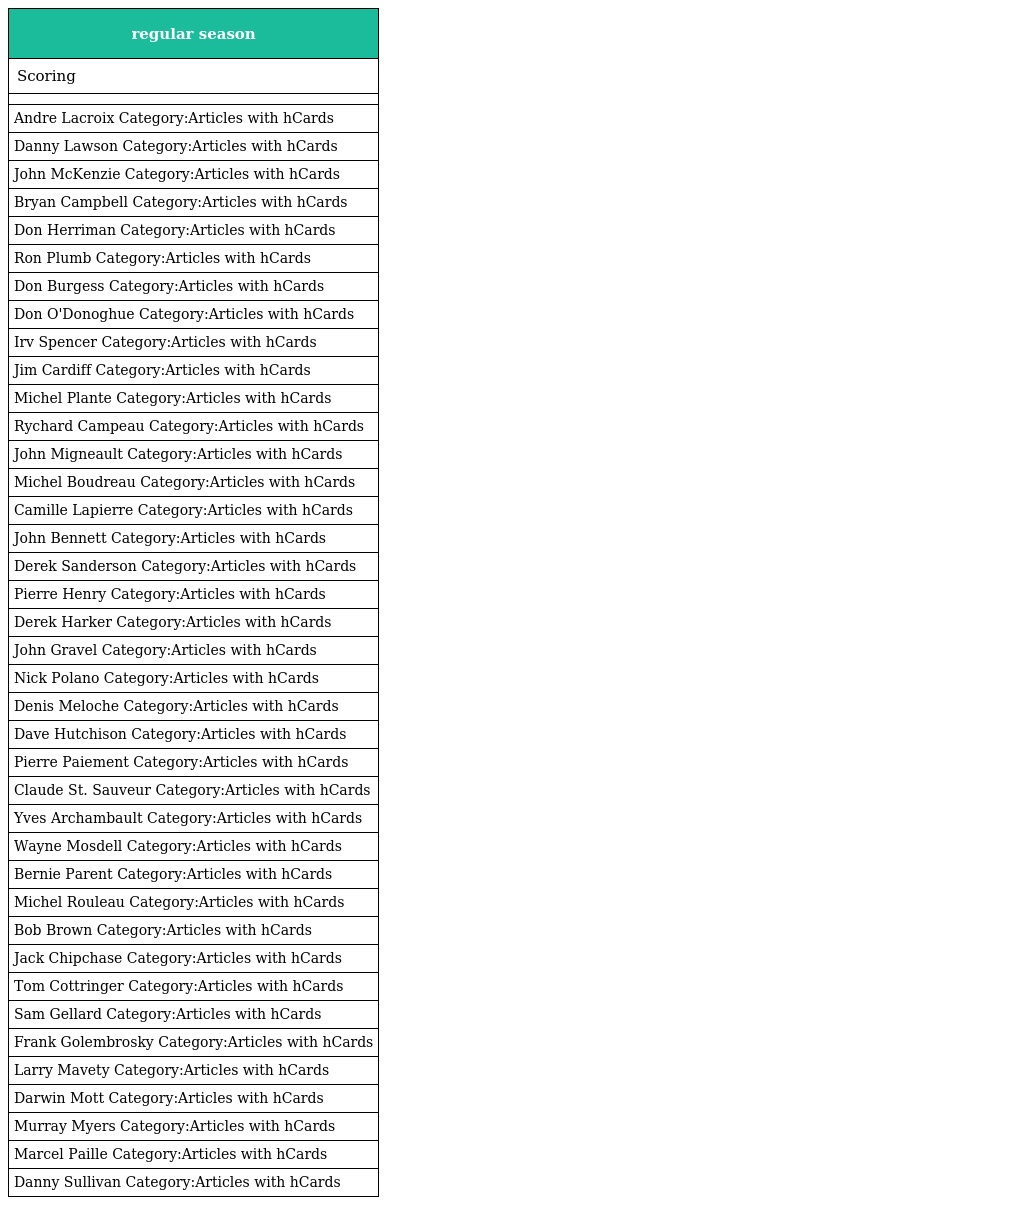
| regular season |
 | --- |
 | Scoring |
 |  |
 | Andre Lacroix Category:Articles with hCards |
 | Danny Lawson Category:Articles with hCards |
 | John McKenzie Category:Articles with hCards |
 | Bryan Campbell Category:Articles with hCards |
 | Don Herriman Category:Articles with hCards |
 | Ron Plumb Category:Articles with hCards |
 | Don Burgess Category:Articles with hCards |
 | Don O'Donoghue Category:Articles with hCards |
 | Irv Spencer Category:Articles with hCards |
 | Jim Cardiff Category:Articles with hCards |
 | Michel Plante Category:Articles with hCards |
 | Rychard Campeau Category:Articles with hCards |
 | John Migneault Category:Articles with hCards |
 | Michel Boudreau Category:Articles with hCards |
 | Camille Lapierre Category:Articles with hCards |
 | John Bennett Category:Articles with hCards |
 | Derek Sanderson Category:Articles with hCards |
 | Pierre Henry Category:Articles with hCards |
 | Derek Harker Category:Articles with hCards |
 | John Gravel Category:Articles with hCards |
 | Nick Polano Category:Articles with hCards |
 | Denis Meloche Category:Articles with hCards |
 | Dave Hutchison Category:Articles with hCards |
 | Pierre Paiement Category:Articles with hCards |
 | Claude St. Sauveur Category:Articles with hCards |
 | Yves Archambault Category:Articles with hCards |
 | Wayne Mosdell Category:Articles with hCards |
 | Bernie Parent Category:Articles with hCards |
 | Michel Rouleau Category:Articles with hCards |
 | Bob Brown Category:Articles with hCards |
 | Jack Chipchase Category:Articles with hCards |
 | Tom Cottringer Category:Articles with hCards |
 | Sam Gellard Category:Articles with hCards |
 | Frank Golembrosky Category:Articles with hCards |
 | Larry Mavety Category:Articles with hCards |
 | Darwin Mott Category:Articles with hCards |
 | Murray Myers Category:Articles with hCards |
 | Marcel Paille Category:Articles with hCards |
 | Danny Sullivan Category:Articles with hCards |